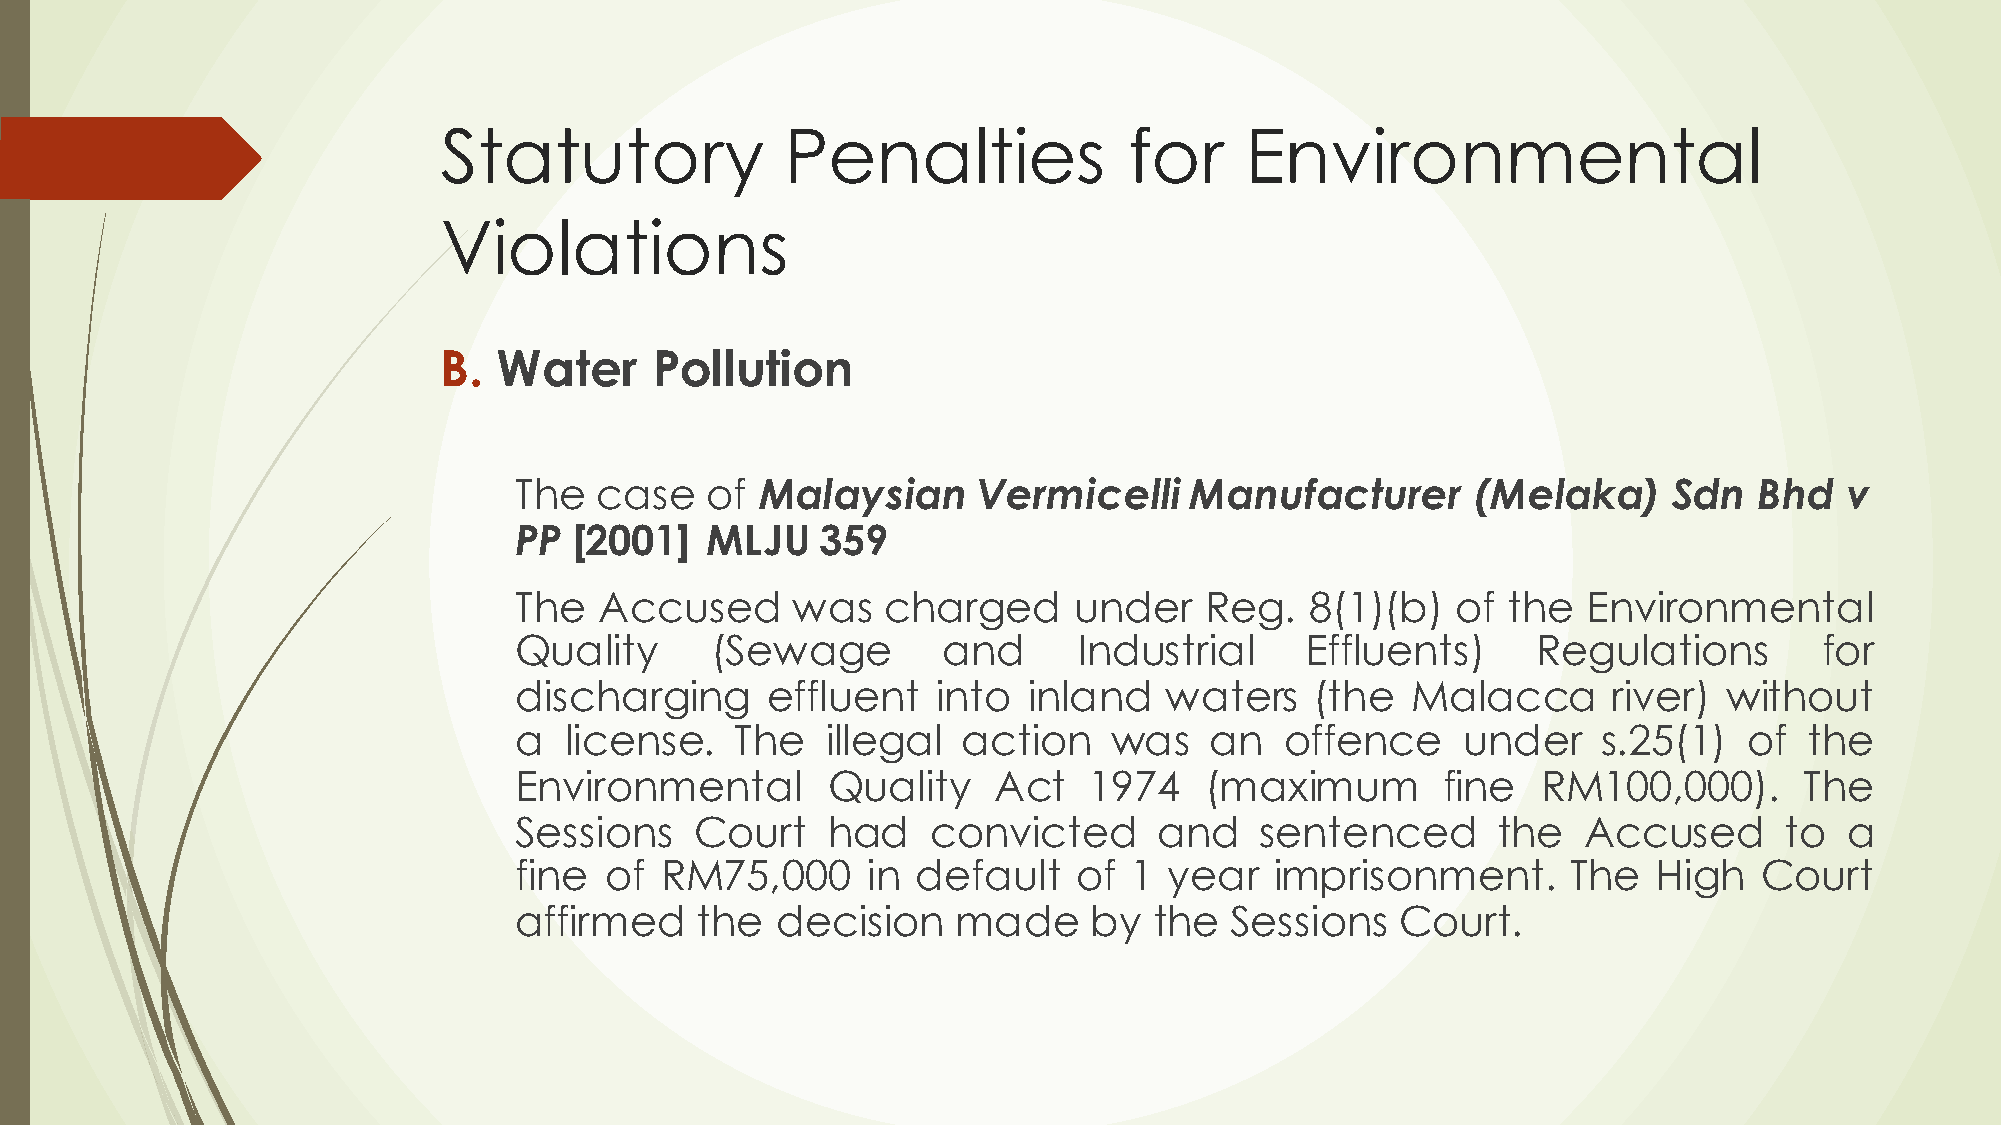
Statutory              Penalties              for    Environmental
 Violations
 B.  Water     Pollution
 The  case    of Malaysian      Vermicelli    Manufacturer       (Melaka)     Sdn  Bhd   v
 PP  [2001]   MLJU   359
 The   Accused     was   charged      under    Reg.   8(1)(b)  of  the  Environmental
 Quality      (Sewage        and      Industrial     Effluents)      Regulations        for
 discharging      effluent   into  inland   waters    (the  Malacca       river) without
 a  license.    The   illegal  action    was   an   offence     under    s.25(1)   of  the
 Environmental        Quality    Act   1974    (maximum       fine   RM100,000).      The
 Sessions    Court    had    convicted      and   sentenced       the   Accused      to  a
 fine  of  RM75,000     in  default   of  1 year   imprisonment.       The   High   Court
 affirmed    the  decision    made     by  the  Sessions    Court.